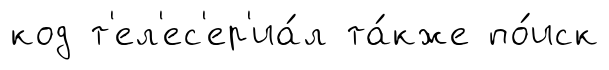
код т'ел'ес'ер'иа́л та́кже по́иск